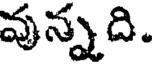
వున్నది.